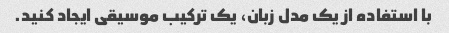
با استفاده از یک مدل زبان، یک ترکیب موسیقی ایجاد کنید.